Annual report of the Madras Medical College
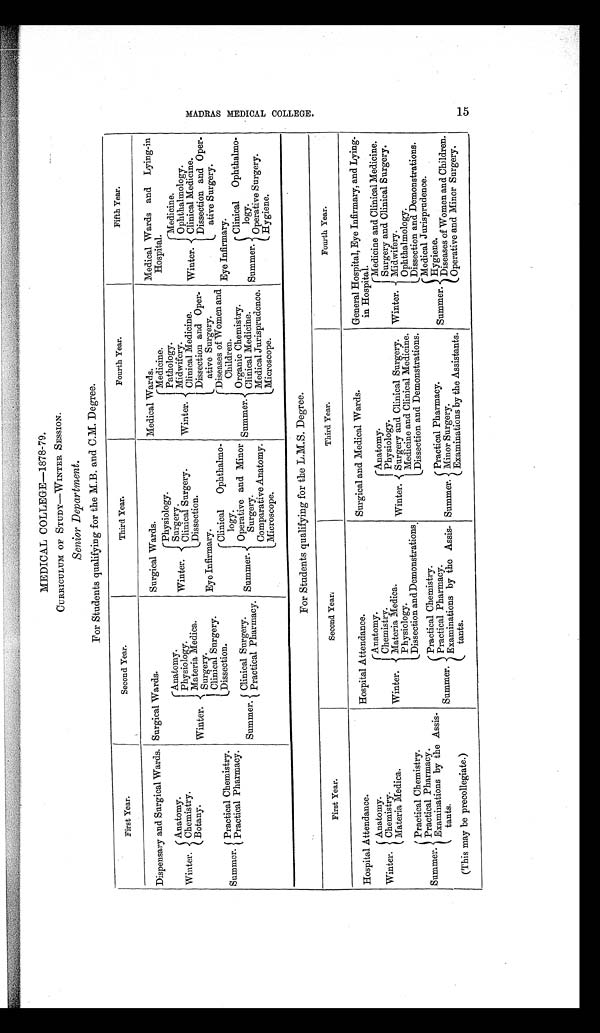
MEDICAL COLLEGE—1878-79.
CURRICULUM OF STUDY—WINTER SESSION.
Senior Department.
For Students qualifying for the M.B. and C.M. Degree.
First Year.
Second Year.
Third Year.
Fourth Year.
Fifth Year.
Dispensary and Surgical Wards. Surgical Wards.
Surgical Wards.
Medical Wards.
Medical Wards and Lying-in
Hospital.
( Medicine.
Pathology.
Midwifery.
Winter. Clinical Medicine
Dissection and Oper-
ative Surgery.
Physiology.
Winter.
Surgery.
Clinical Surgery.
Dissection.
Anatomy.
Winter. Chemistry.
Bolany.
Anatomy .
Physiology.
Materia Medica.
Winter.
Surgery.
Clinical Surgery.
Dissection.
Medicine.
Ophthalmology.
Clinical Medicine.
Dissection and Oper-
ative Surgery.
Eye Infirmary.
Practical Chemistry.
Summer. Practical Pharmacy.
Clinical
Ophthalmo-
logy.
Operative and Minor
Summer. Surgery.
Comparative Anatomy.
Microscope.
Diseases of Women and
Children.
Summer. Organic Chemistry.
Clinical Medicine.
Medical Jurisprudence.
Microscope.
Eye Infirmary.
Summer. Clinical Surgery.
P r a c t i c a l P h a r m a c y .
Clinical Ophthalmo-
logy.
Summer. Operative Surgery.
Hygiene.
For Students qualifying for the L.M.S. Degree.
First Year.
S e c o n d Y e a r .
Third Year.
Fourth Year.
Hospital Attendance.
Hospital Attendance.
Surgical and Medical Wards.
General Hospital, Eye Infirmary, and Lying-
in Hospital.
Anatomy.
C h e m i s t r y .
Winter.
Materia Medica.
Physiology.
Dissection and Demonstrations.
Physiology .
Anatomy.
Winter. Surgery and Clinical Surgery.
Medicine and Clinical Medicine.
Dissection and Demonstrations.
Anatomy.
Winter. Chemistry.
Materia Medica.
Medicine and Clinical Medicine.
Surgery and Clinical Surgery.
Winter. Midwifery.
Ophthalmology.
Dissection and Demonstrations.
Practical Chemistry.
Practical Pharmacy.
Summer. Examinations by the Assis-
tants.
( This may be precollegiate.)
Practical Chemistry.
Practical Pharmacy.
Summer. Examinations by the Assis-
tants.
Practical Pharmacy.
Summer. Minor Surgery.
Examinations by the Assistants.
Medical Jurisprudence.
Summer. Hygiene.
Diseases of Women and Children.
Operative and Minor Surgery.